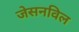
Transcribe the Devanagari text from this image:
जेसनविल